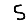
Digit: 5